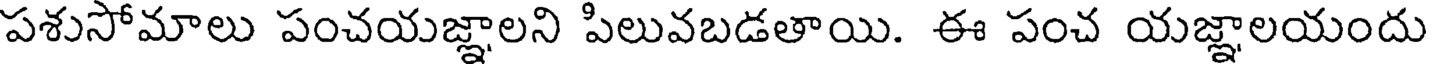
పశుసోమాలు పంచయజ్ఞాలని పిలువబడతాయి. ఈ పంచ యజ్ఞాలయందు